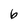
Character: 6